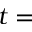
t =